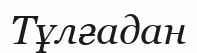
Тұлғадан